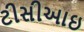
ટીસીઆઇ